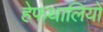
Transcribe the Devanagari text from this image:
हेफथालियों